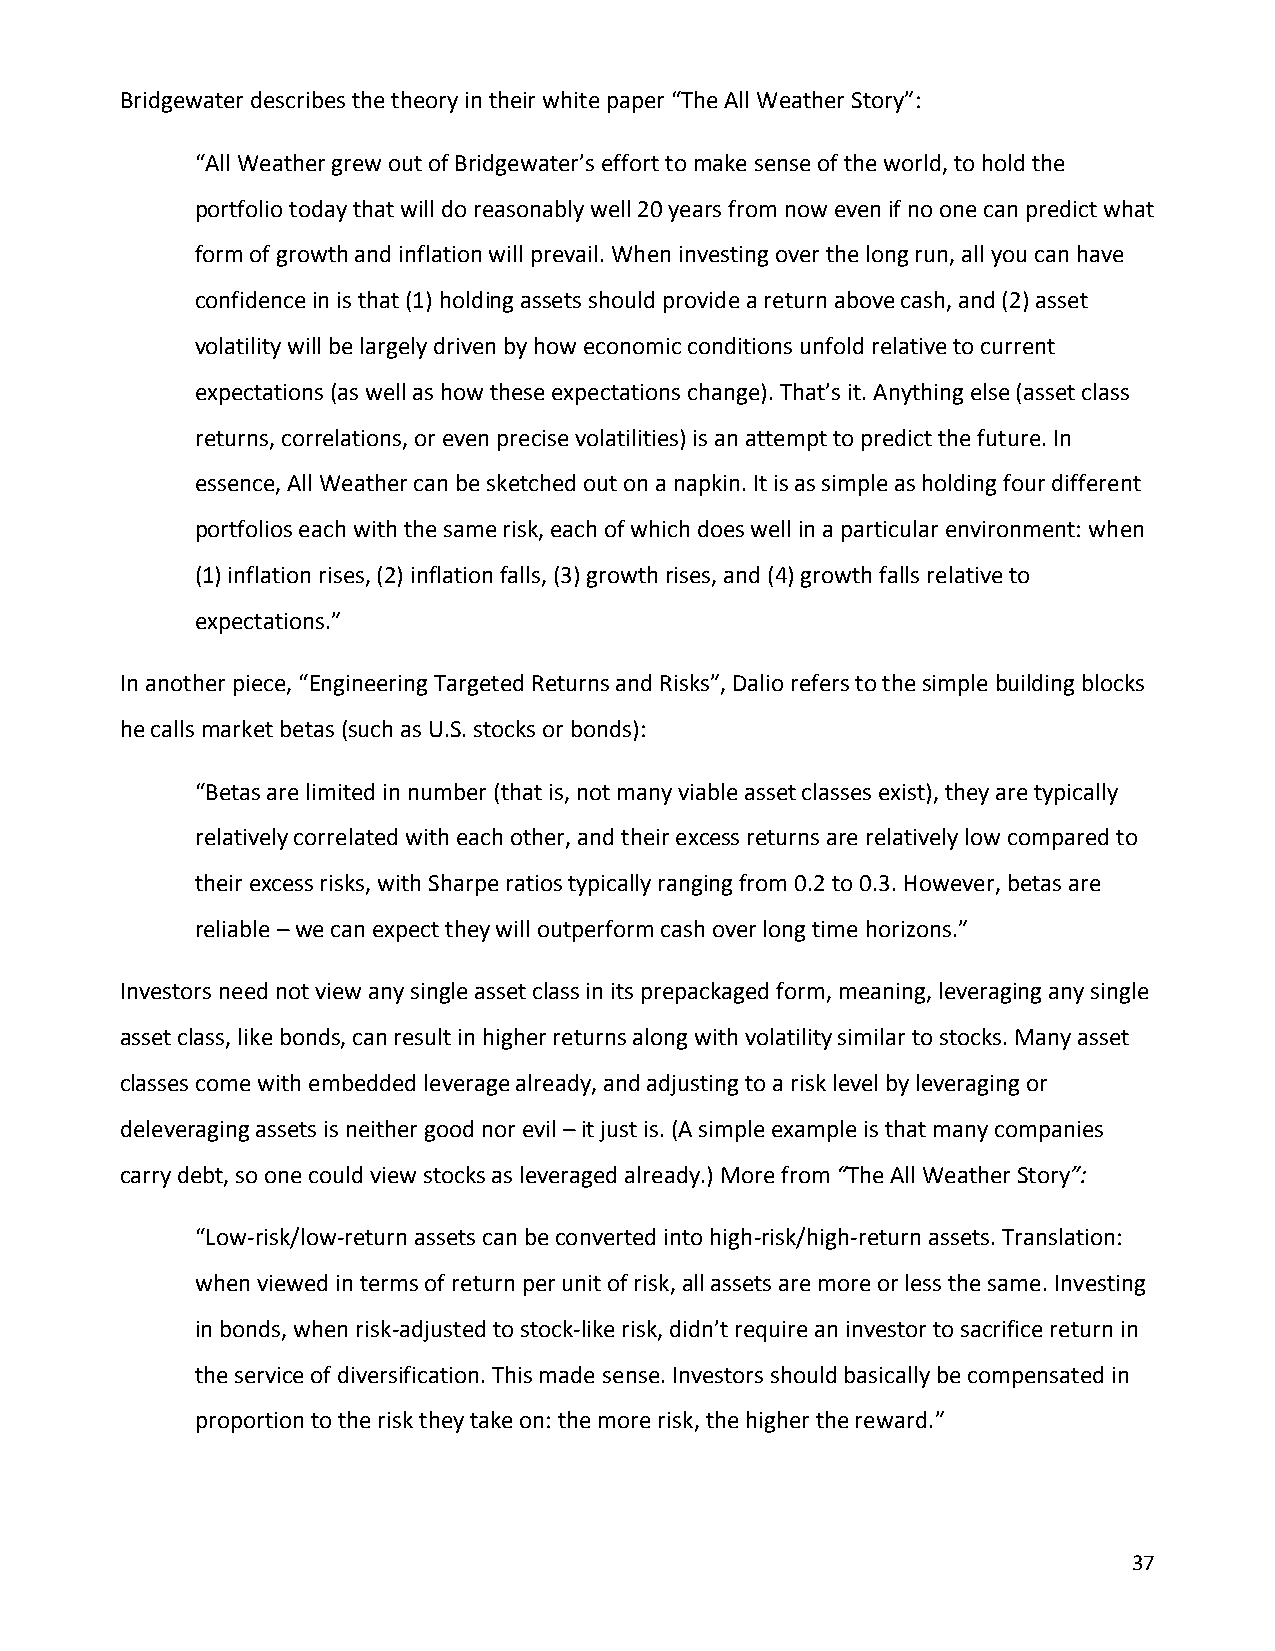
Bridgewater describes the theory in their white paper “The All Weather Story”:
 “All Weather grew out of Bridgewater’s effort to make sense of the world, to hold the
 portfolio today that will do reasonably well 20 years from now even if no one can predict what
 form of growth and inflation will prevail. When investing over the long run, all you can have
 confidence in is that (1) holding assets should provide a return above cash, and (2) asset
 volatility will be largely driven by how economic conditions unfold relative to current
 expectations (as well as how these expectations change). That’s it. Anything else (asset class
 returns, correlations, or even precise volatilities) is an attempt to predict the future. In
 essence, All Weather can be sketched out on a napkin. It is as simple as holding four different
 portfolios each with the same risk, each of which does well in a particular environment: when
 (1) inflation rises, (2) inflation falls, (3) growth rises, and (4) growth falls relative to
 expectations.”
 In another piece, “Engineering Targeted Returns and Risks”, Dalio refers to the simple building blocks
 he calls market betas (such as U.S. stocks or bonds):
 “Betas are limited in number (that is, not many viable asset classes exist), they are typically
 relatively correlated with each other, and their excess returns are relatively low compared to
 their excess risks, with Sharpe ratios typically ranging from 0.2 to 0.3. However, betas are
 reliable – we can expect they will outperform cash over long time horizons.”
 Investors need not view any single asset class in its prepackaged form, meaning, leveraging any single
 asset class, like bonds, can result in higher returns along with volatility similar to stocks. Many asset
 classes come with embedded leverage already, and adjusting to a risk level by leveraging or
 deleveraging assets is neither good nor evil – it just is. (A simple example is that many companies
 carry debt, so one could view stocks as leveraged already.) More from “The All Weather Story”:
 “Low-risk/low-return assets can be converted into high-risk/high-return assets. Translation:
 when viewed in terms of return per unit of risk, all assets are more or less the same. Investing
 in bonds, when risk-adjusted to stock-like risk, didn’t require an investor to sacrifice return in
 the service of diversification. This made sense. Investors should basically be compensated in
 proportion to the risk they take on: the more risk, the higher the reward.”
 37